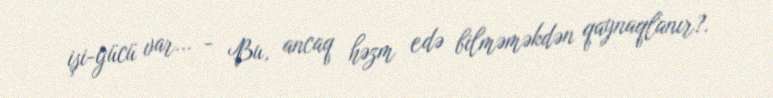
işi-gücü var... - Bu, ancaq həzm edə bilməməkdən qaynaqlanır?.